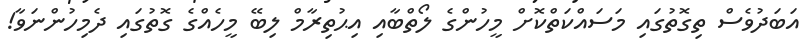
އަބަދުވެސް ތިގޮތުގައި މަސައްކަތްކޮށް މީހުންގެ ލޯތްބާއި އިޙުތިރާމް ލިބޭ މީހެއްގެ ގޮތުގައި ދެމިހުންނަވާ!